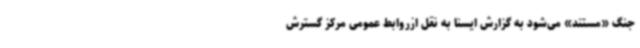
جنگ «مستند» می‌شود به گزارش ایسنا به نقل ازروابط عمومی مرکز گسترش